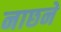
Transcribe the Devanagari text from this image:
नाछने